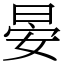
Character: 晏